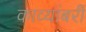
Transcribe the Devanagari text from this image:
काव्यांबरी